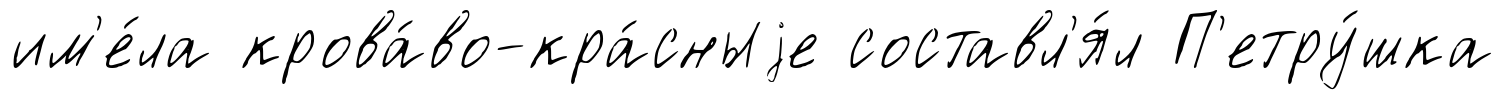
им'е́ла крова́во-кра́сныjе составл'я́л П'етру́шка